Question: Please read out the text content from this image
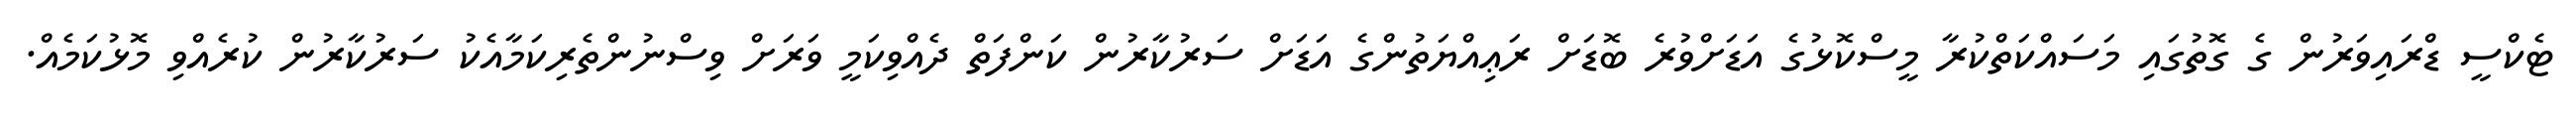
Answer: ޓެކްސީ ޑްރައިވަރުން ގެ ގޮތުގައި މަސައްކަތްކުރާ މީސްކޮޅުގެ އަޑަށްވުރެ ބޮޑަށް ރަޢިއްޔަތުންގެ އަޑަށް ސަރުކާރުން ކަންފަތް ދެއްވިކަމީ ވަރަށް ވިސްނުންތެރިކަމާއެކު ސަރުކާރުން ކުރެއްވި މޮޅުކަމެއް.